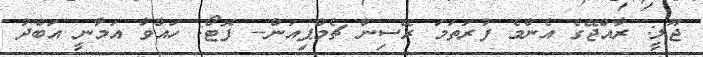
ޖޫލީ: ރާއްޖޭގެ އެންމެ ފުރަތަމަ ރޭސިން ޗެމްޕިއަން-- ފޮޓޯ: ހައްވާ އަމާނީ އަބްދު